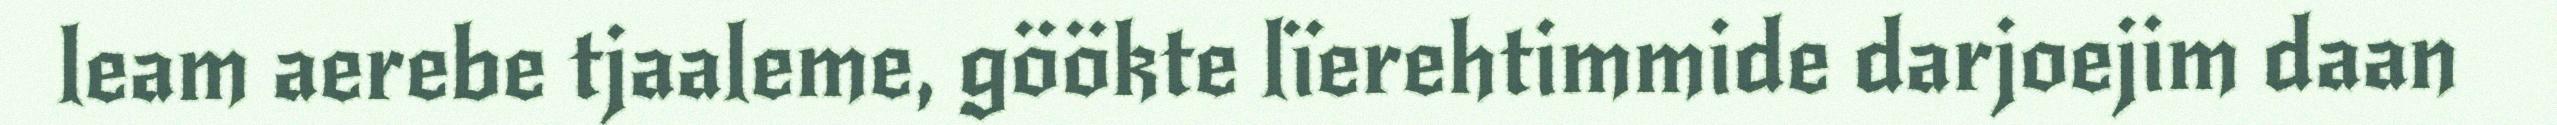
leam aerebe tjaaleme, göökte lïerehtimmide darjoejim daan